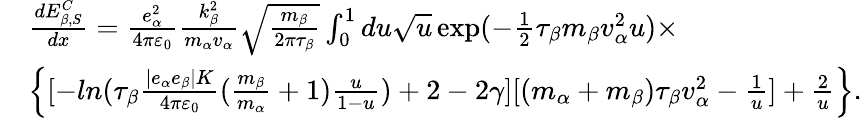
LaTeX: \begin{array}{rl}&{\frac{dE_{\beta,S}^{C}}{dx}=\frac{e_{\alpha}^{2}}{4\pi{{\varepsilon}_{0}}}\frac{k_{\beta}^{2}}{{{m}_{\alpha}}{{v}_{\alpha}}}\sqrt{\frac{{{m}_{\beta}}}{2\pi{{\tau}_{\beta}}}}\int_{0}^{1}{du\sqrt{u}}\exp(-\frac{1}{2}{{\tau}_{\beta}}{{m}_{\beta}}v_{\alpha}^{2}u)\times}\\ &{\left\{ [-ln({{\tau}_{\beta}}\frac{\left|{{e}_{\alpha}}{{e}_{\beta}}\right|K}{4\pi{{\varepsilon}_{0}}}(\frac{{{m}_{\beta}}}{{{m}_{\alpha}}}+1)\frac{u}{1-u})+2-2\gamma][({{m}_{\alpha}}+{{m}_{\beta}}){{\tau}_{\beta}}v_{\alpha}^{2}-\frac{1}{u}]+\frac{2}{u}\right\} .}\end{array}